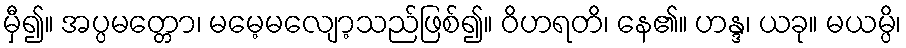
မှီ၍။ အပ္ပမတ္တော၊ မမေ့မလျော့သည်ဖြစ်၍။ ဝိဟရတိ၊ နေ၏။ ဟန္ဒ၊ ယခု။ မယမ္ပိ၊